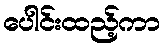
ပေါင်းထည့်ကာ